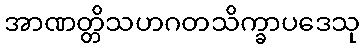
အာဏတ္တိသဟဂတသိက္ခာပဒေသု